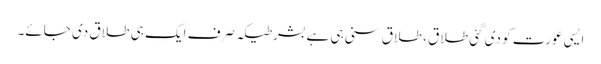
ایسی عورت کو دی گئی طلاق ، طلاق سنی ہی ہےبشرطیکہ صرف ایک ہی طلاق دی جائے۔